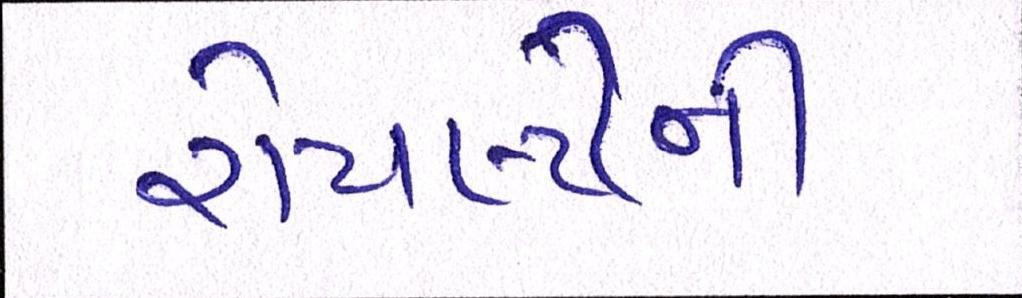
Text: રોયલ્ટીની